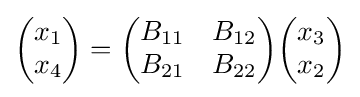
{\begin{pmatrix}x_{1}\\x_{4}\end{pmatrix}}={\begin{pmatrix}B_{11}&B_{12}\\B_{21}&B_{22}\end{pmatrix}}{\begin{pmatrix}x_{3}\\x_{2}\end{pmatrix}}